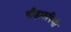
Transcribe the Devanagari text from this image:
पीड़ारुपिणी